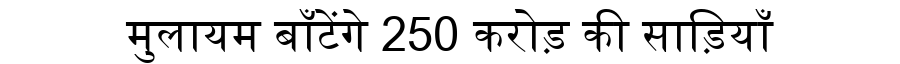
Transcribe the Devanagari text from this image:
मुलायम बाँटेंगे 250 करोड़ की साड़ियाँ